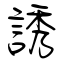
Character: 誘